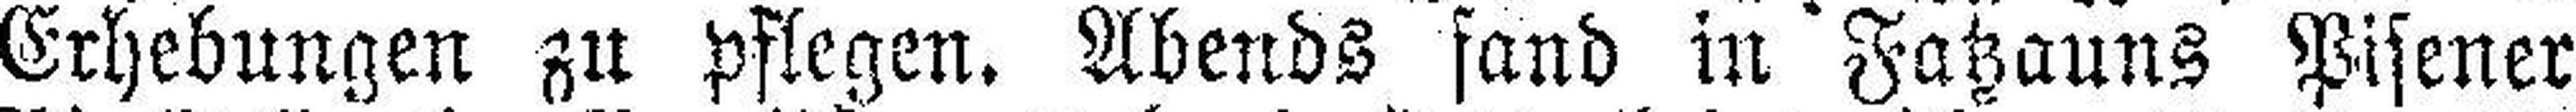
Erhebungen zu Pflegen. Abends fand in Fatzauns Pisener